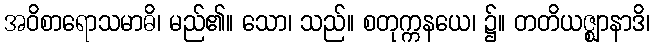
အဝိစာရောသမာဓိ၊ မည်၏။ သော၊ သည်။ စတုက္ကနယေ၊ ၌။ တတိယဇ္ဈာနာဒိ၊